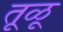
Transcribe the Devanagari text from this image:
तूळू